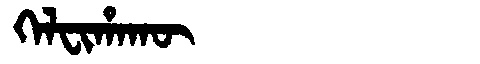
Manchu: ᡴᡝᠯᠸᡳᡥᠠᡴᡡ
Romanization: KELFIHAKŪ